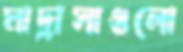
মাদ্রাসাগুলো